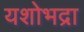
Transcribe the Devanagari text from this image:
यशोभद्रा